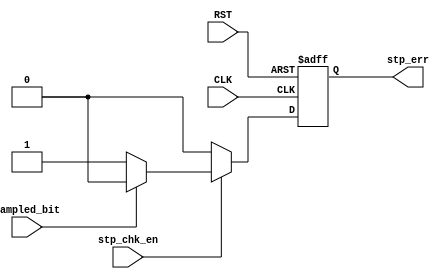
module stop_check (
	input wire CLK ,RST,
	input wire stp_chk_en ,
	input wire sampled_bit ,

	output reg stp_err	

);

always @(posedge CLK or negedge RST) begin
	if(!RST) stp_err <= 0 ;

	else if (stp_chk_en) begin

		if(sampled_bit) 
			stp_err <= 0 ;
		else 
			stp_err <= 1 ;

	end
	
	else    stp_err <= 0 ;
	
end
endmodule